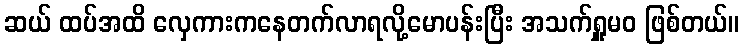
ဆယ် ထပ်အထိ လှေကားကနေတက်လာရလို့မောပန်းပြီး အသက်ရှူမဝ ဖြစ်တယ်။